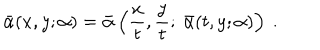
\bar { \alpha } ( x , y ; \alpha ) = \bar { \alpha } \left( \frac { x } { t } , \frac { y } { t } ; ~ \bar { \alpha } ( t , y ; \alpha ) \right) ~ .